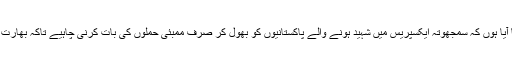
اس لیے میں ہمیشہ کہتا آیا ہوں کہ سمجھوتہ ایکسپریس میں شہید ہونے والے پاکستانیوں کو بھول کر صرف ممبئی حملوں کی بات کرنی چاہیے تاکہ بھارت کوراضی کیا جا سکے۔